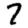
Digit: 7